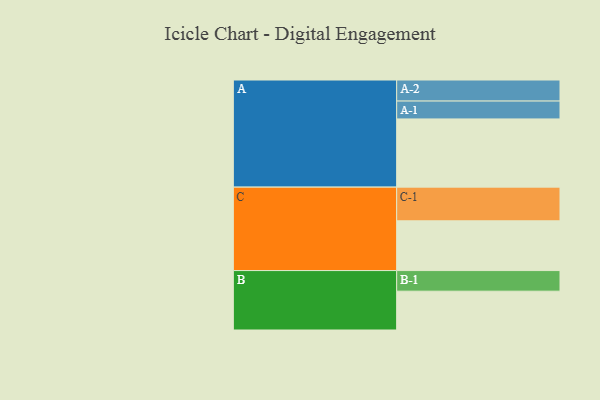
{"axis": {"x": "Segment", "y": "Value"}, "legend": ["", "A", "B", "C"], "data": [{"x": "A", "y": 599, "type": ""}, {"x": "B", "y": 341, "type": ""}, {"x": "C", "y": 437, "type": ""}, {"x": "A-1", "y": 157, "type": "A"}, {"x": "A-2", "y": 185, "type": "A"}, {"x": "B-1", "y": 181, "type": "B"}, {"x": "C-1", "y": 296, "type": "C"}]}